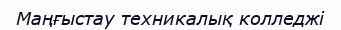
Маңғыстау техникалық колледжі